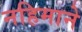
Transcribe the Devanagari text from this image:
नहिमाने